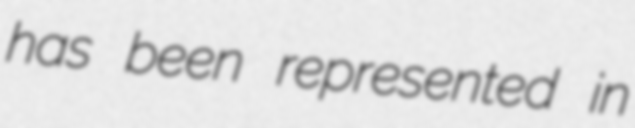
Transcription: has been represented in